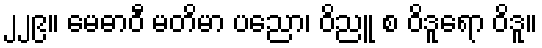
၂၂၉။ မေဓာဝီ မတိမာ ပညော၊ ဝိညူ စ ဝိဒူရော ဝိဒူ။